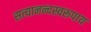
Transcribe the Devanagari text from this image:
सत्यानन्दस्वरूपाय